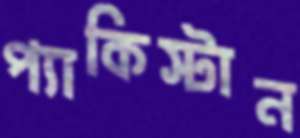
প্যাকিস্টান